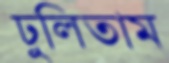
ঢুলিতাম